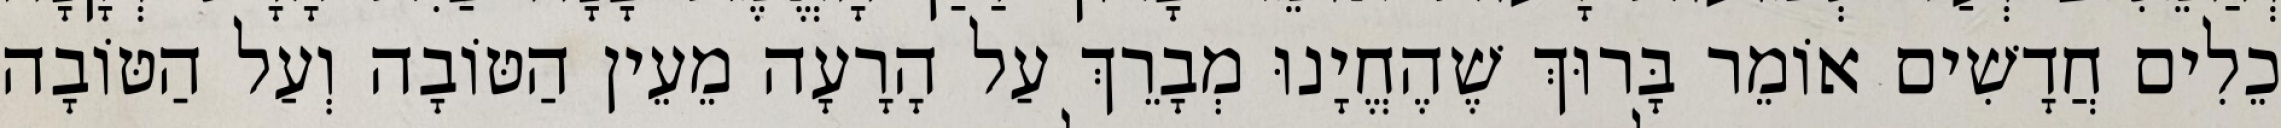
כֵלִים חֲדָשִׁים אוֹמֵר בָּרוּךְ שֶׁהֶחֱיָנוּ מְבָרֵךְ עַל הָרָעָה מֵעֵין הַטּוֹבָה וְעַל הַטּוֹבָה